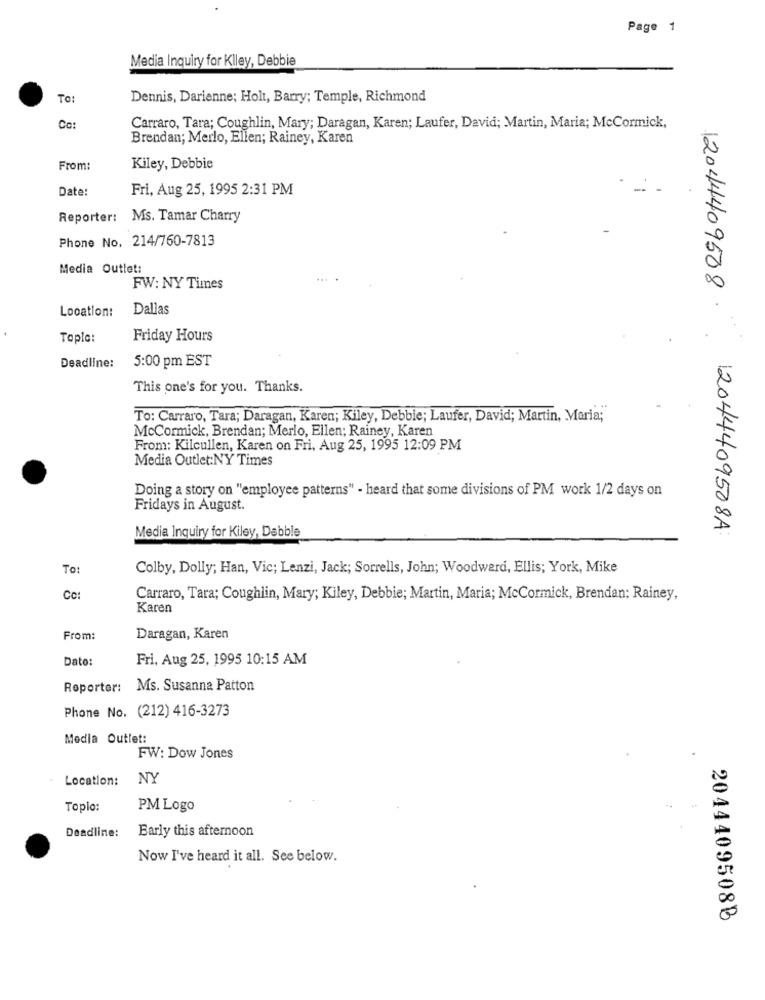
Page 1
Media Inquiry for Klley, Debbie
TO:
Dennis, Darienne; Holt, Barry; Temple, Richmond
Co:
Carraro, Tara; Coughlin, Mary; Daragan, Karen; Laufer, David; Martin, Maria; McCormick,
Brendan; Merlo, Ellen; Rainey, Karen
From:
Kiley, Debbie
Date:
Fri, Aug 25, 1995 2:31 PM
Reporter: Ms. Tamar Charry
Phone No. 214/760-7813
Media Outlet:
FW: NY Times
12044409508
Location:
Dallas
Topla:
Friday Hours
5:00 pm EST
Deadline:
This one's for you. Thanks.
To: Carraro, Tara; Daragan, Karen; Kiley, Debbie; Laufer, David; Martin, Maria;
McCormick, Brendan; Merlo, Ellen; Rainey, Karen
From: Kilcullen, Karen on Fri, Aug 25, 1995 12:09 PM
Media Outlet:NY Times
Doing a story on "employee patterns" - heard that some divisions of PM work 1/2 days on
Fridays in August.
12044409508A
Media Inquiry for Kiley, Debble
To:
Colby, Dolly; Han, Vic; Lenzi, Jack; Sorrells, John; Woodward, Ellis; York, Mike
Cc:
Carraro, Tara; Coughlin, Mary; Kiley, Debbie; Martin, Maria; McCormick, Brendan; Rainey,
Karen
From:
Daragan, Karen
Dato:
Fri, Aug 25, 1995 10:15 AM
Reporter: Ms. Susanna Patton
Phone No. (212) 416-3273
Media Outlet:
FW: Dow Jones
Location:
NY
Toplo:
PM Logo
. .
Deadline:
Early this afternoon
Now I've heard it all. See below.
2044409508B